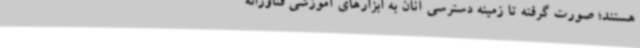
هستند؛ صورت گرفته تا زمینه دسترسی آنان به ابزارهای آموزشی فناورانه